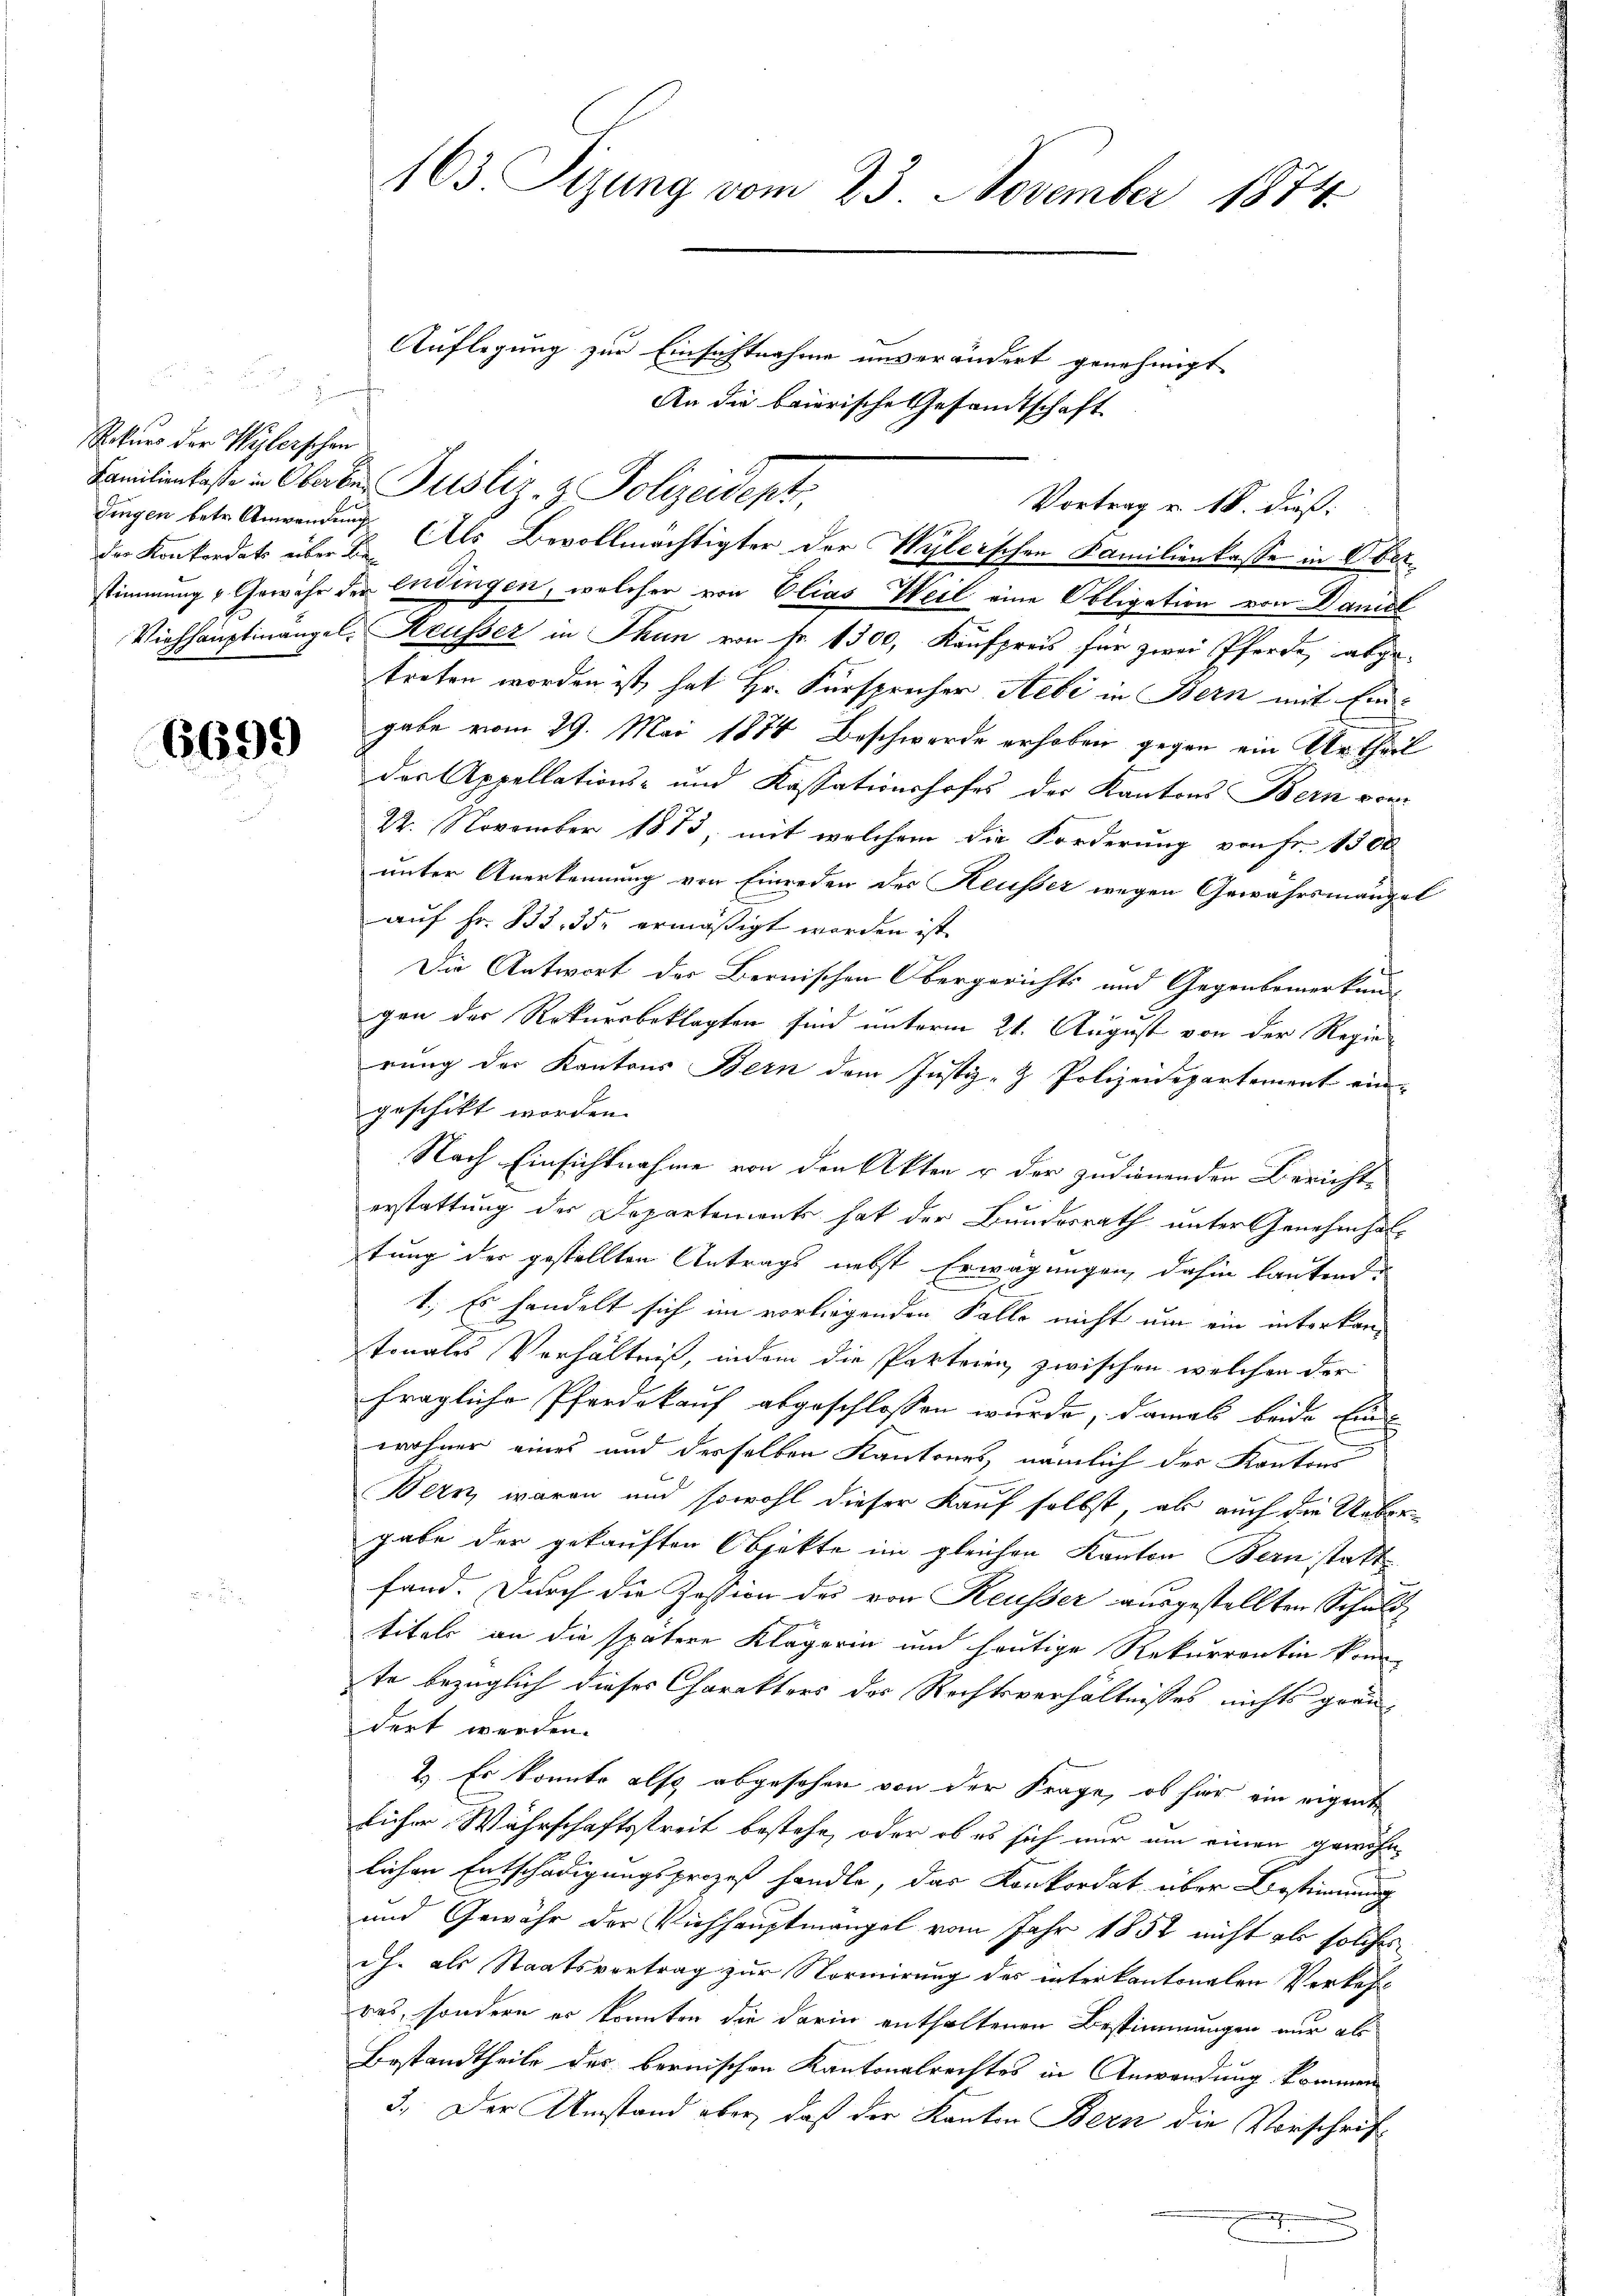
Rekurs der Wylerschen
der Konkordats über die

6699

Auflegung zur Einsichtnahme unverändert genehmigt
H
An die baierische Gesandtschaft
Familienkasse in Oberker Justiz- & Polizeidept,
dingen betr. Anwendung als Bevollmächtigter der Wylerschen Familienkasse in Oberstimmung u Gewähr der Endingen, welcher von Elias Weil eine Obligation von Daniel
Viehhauptmangel, Reusser in Thun von fr. 1300, Kaufpreis für zwei Pferde, abge-
treten worden ist, hat Hr. Fürsprücher Aebe in Bern mit Ein-
gabe vom 29. Mai 1884 Beschwerde erhoben gegen ein Urtheil
das Appellations- und Kassationshofes der Kantons Bern vor-
22. November 1873, mit welchem die Forderung von Fr. 1500
unter Anerkennung von Einreden des Reusser wegen Gewährsmängel
auf Fr. 833, 35 ermäßigt worden ist.
Die Antwort der Bernischen Obergerichts und Gegenbemerkun-
gen des Rekursbeklagten sind unterm 21. August von der Regierung der Kantons Bern dem Justiz- & Polizeidepartement ein-
geschikt worden.
Nach Einsichtnahme von den Akten u der zudienenden Bericht-
erstattung der Departemente hat der Bundesrath unter Genehmhaltung der gestellten Antrags nebst Erwägungen, dahin lautend
1., Es handelt sich im vorliegenden Falle nicht um ein interkan
tonales Verhältniß, indem die Parteien zwischen welchen der
fragliche Pferdekauf abgeschlossen wurde, damals beide Ein-
wohner eines und derselben Kantones, nämlich der Kantons
Bern, waren und sowohl dieser Kauf selbst, als auch die Uebergabe der gekauften Objekte im gleichen Kanton Bern stattfand. Durch die Zession des von Reusser ausgestellten Schuldtitels an die spätere Klägerin und heutige Rekurrentin konn
te bezüglich dieses Charakters des Rechtsverhältnisses nichts graudert werden.
2.) Es konnte also abgesehen von der Frage, ob har ein eigente
licher Währschaftsstreit bestehe, oder ob es sich nur um einen gewöhnlichen Entschädigungsprozeß handle, das Konkordat über Bestimmung
und Gewähr der Viehhauptmängel vom Jahr 1852 nicht als solches
ch. als Staatsvertrag zur Normirung des interkantonalen Verkasres, sondern er konnten die darin enthaltenen Bestimmungen nur als
Bestandtheile des bernischen Kantonalrechtes in Anwendung kommen
3. Der Umstand aber, daß der Kanton Bern die Vorschrif¬
.
x

163. Tizung vom 23. November 1874

Vortrag u. 18. dieß: